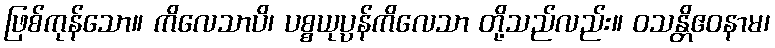
ဖြစ်ကုန်သော။ ကိလေသာပိ၊ ပစ္စယုပ္ပန်ကိလေသာ တို့သည်လည်း။ ဝသန္တိဧဝနာမ၊